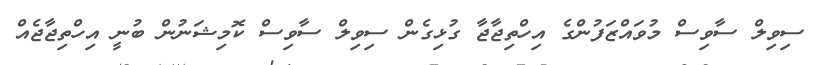
ސިވިލް ސާވިސް މުވައްޒަފުންގެ އިހްތިޖާޖާ ގުޅިގެން ސިވިލް ސާވިސް ކޮމިޝަނުން ބުނީ އިހްތިޖާޖެއް